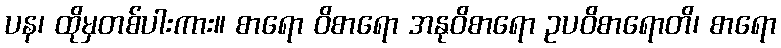
ပန၊ ထိုမှတစ်ပါးကား။ စာရော ဝိစာရော အနုဝိစာရော ဥပဝိစာရောတိ၊ စာရော